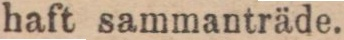
haft sammanträde.